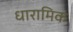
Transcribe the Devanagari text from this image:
धारामिक